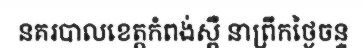
នគរបាលខេត្តកំពង់ស្ពឺ នាព្រឹកថ្ងៃចន្ទ